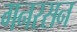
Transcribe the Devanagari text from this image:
गनरसन